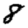
Digit: 8